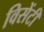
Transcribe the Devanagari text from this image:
विसेंटी